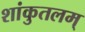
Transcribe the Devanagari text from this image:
शांकुतलम्